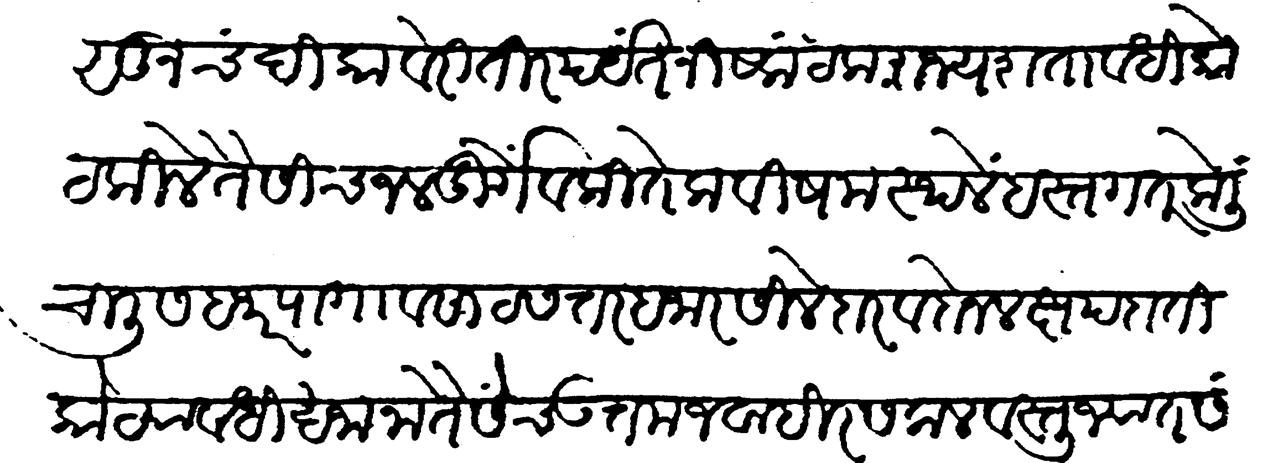
Transliteration (Devanagari): पासुन चंदी कावेरी तीरपर्यंत निष्कंटक राज्य, शतावधि कोट किल्ले तैसींच जलदुर्गें व कितेक विषम स्थळें हस्तगत केली चाळीस हजार पागा व साठसत्तर हजार सिलेदार व दोन लक्ष पदाती कोट्यावधि खजाना तैसेच उत्तम जवाहिर सकल वस्तुज्यात संपादिल्या